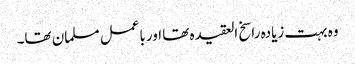
وہ بہت زیادہ راسخ العقیدہ تھا اورباعمل مسلمان تھا۔